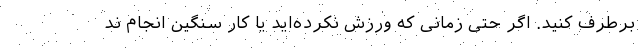
برطرف کنید. اگر حتی زمانی که ورزش نکرده‌اید یا کار سنگین انجام ند